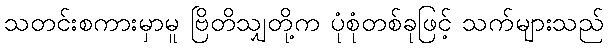
သတင်းစကားမှာမူ ဗြိတိသျှတို့က ပုံစုံတစ်ခုဖြင့် သက်များသည်